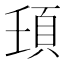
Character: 𩑙